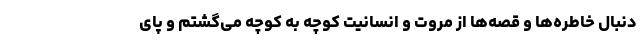
دنبال خاطره‌ها و قصه‌ها از مروت و انسانیت کوچه به کوچه می‌گشتم و پای